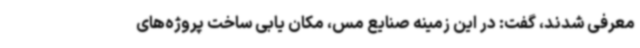
معرفی شدند، گفت: در این زمینه صنایع مس، مکان یابی ساخت پروژه‌های